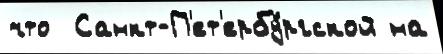
что  Санкт-П'ет'ербу́ргской на